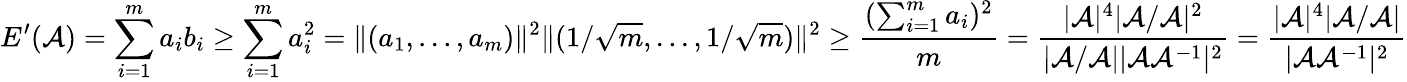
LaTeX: E^{\prime}(\mathcal{A})=\sum_{i=1}^{m}a_{i}b_{i}\geq\sum_{i=1}^{m}a_{i}^{2}=\| (a_{1},...,a_{m})\| ^{2}\| (1/\sqrt{m},...,1/\sqrt{m})\| ^{2}\geq\frac{(\sum_{i=1}^{m}a_{i})^{2}}{m}=\frac{|\mathcal{A}|^{4}|\mathcal{A}/\mathcal{A}|^{2}}{|\mathcal{A}/\mathcal{A}||\mathcal{A}\mathcal{A}^{-1}|^{2}}=\frac{|\mathcal{A}|^{4}|\mathcal{A}/\mathcal{A}|}{|\mathcal{A}\mathcal{A}^{-1}|^{2}}